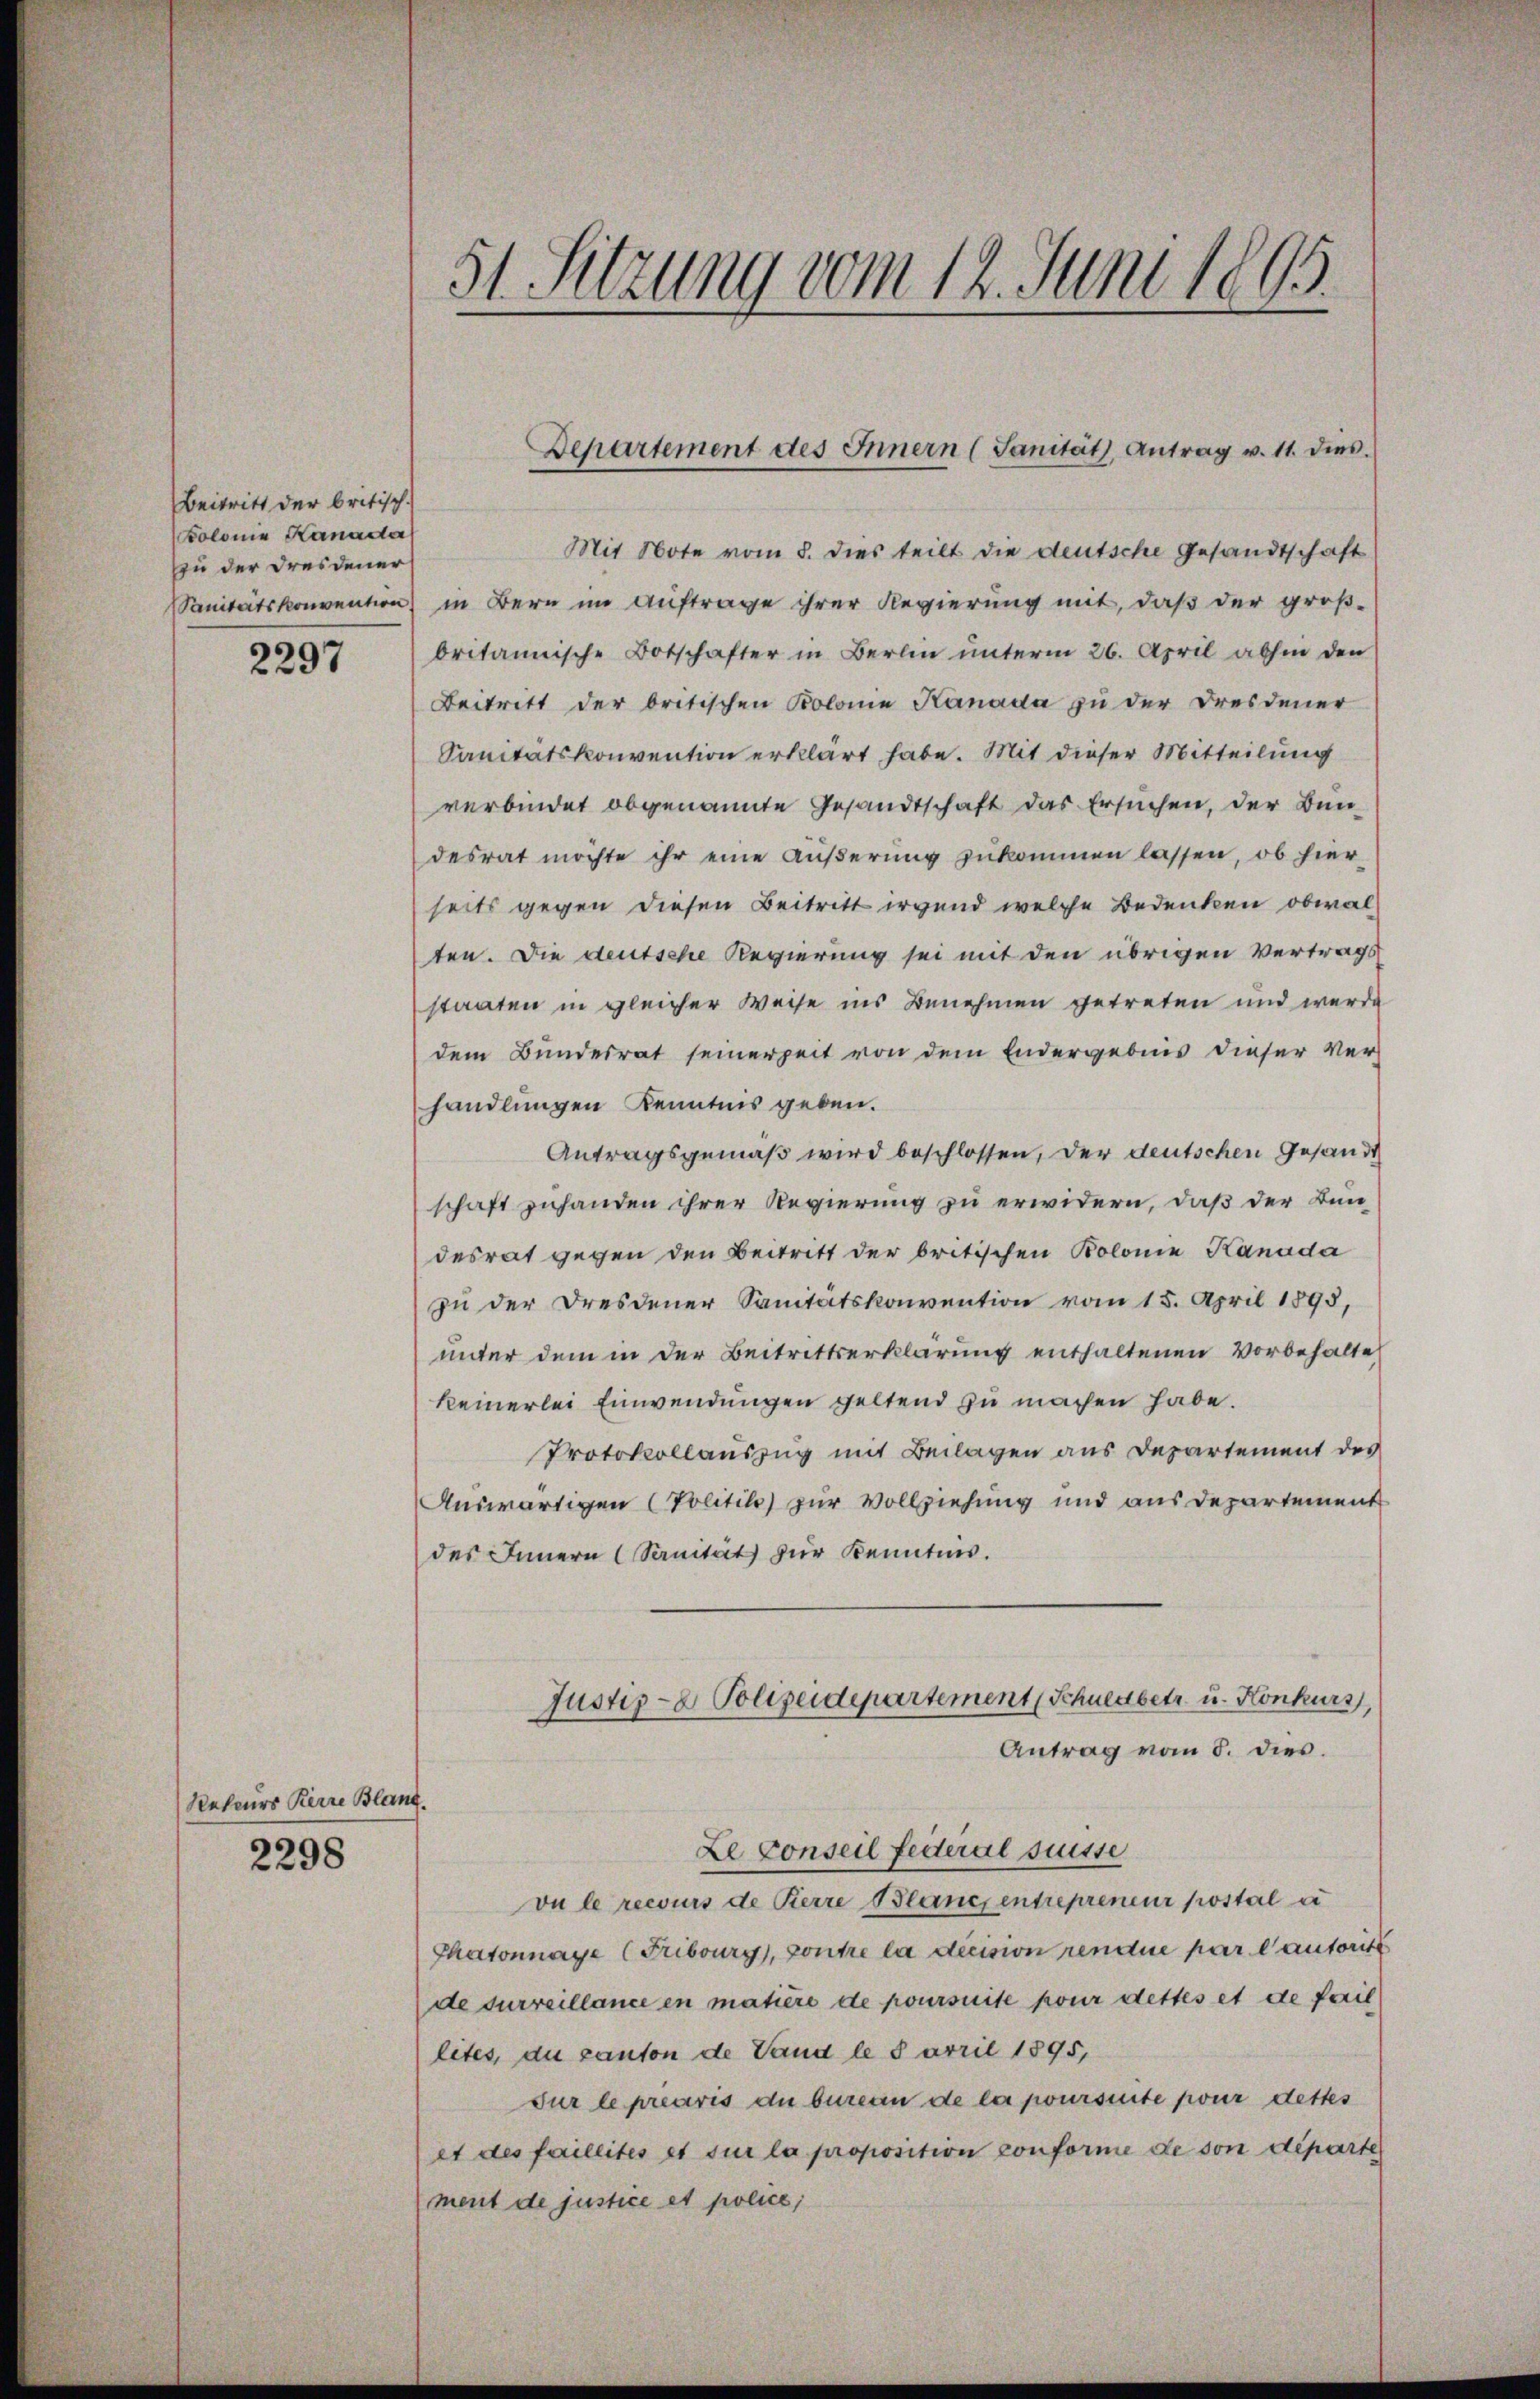
Beitritt der britisch-
Kolonie Kanader
zu der Dresdener

2297

Reters Kerre Blang.

2298

Mit Note vom 8. dies teilt die deutsche Gesandtschaft
SSanitätskonvention in Bern im Auftrage ihrer Regierung mit, daß der größ-
britannische Botschafter in Berlin ŭnterm 26. April abhin den
Beitritt der britischen Kolonie Kanada zu der Dresdener
Sanitätskonvention erklärt habe. Mit dieser Mitteilung
verbindet obgenannte Gesandtschaft das Ersuchen, der Bun
desrat möchte ihr eine äußerung zukommen lassen, ob hier
seits gegen diesen Beitritt irgend welche Bedenken obwalten. Die deutsche Regierung sei mit den übrigen Vertrags
staaten in gleicher Weise ins Benehmen getreten und werde
dem Bundesrat seinerzeit von dem Endergebnis dieser Verhandlungen Kenntnis geben.
Antragsgemäß wird beschlossen, der deutschen Gesandt
schaft zuhanden ihrer Regierung zu erwidern, daß der Bundesrat gegen den Beitritt der britischen Kolonie Kanada
zu der Dresdener Sanitätskonvention vom 15. April 1893,
unter dem in der Beitrittserklärung enthaltenen Vorbehalte
keinerlei Einwendungen geltend zu machen habe.
Protokollauszug mit Beilagen aus Departement des
Auswärtigen (Politik zur Vollziehung und aus Departement
des Innern (Sanität zur Kenntnis.
Justiz- & Polizeidepartement (Schuldbetr. u. Konkurs,
Antrag vom 8. dies.
Le conseil feiteral suisse
vu le recours de Kerze Blanch entrepreneur postal a
Thatonnaye (Fribourg, contre la decision rendue par lautorit
de surveillance en matière de poursuite pour dettes et de fail
lites, du canton de Land le Sarril 1895,
Fur le prearis du bureau de la poursuite pour dettes
et des faillités et sur la proposition conforme de von departe
ment de justice et police,

51. Sitzung vom 14. Juni 1895.

Departement des Innern (Sanität, Antrag u. 11. dies.